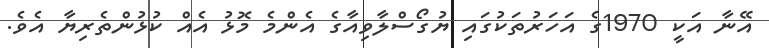
އޭނާ އަކީ 1970ގެ އަހަރުތަކުގައި ޔުގޯސްލާވިއާގެ އެންމެ މޮޅު އެއް ކުޅުންތެރިޔާ އެވެ.